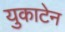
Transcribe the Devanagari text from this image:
युकाटेन